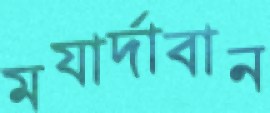
মযার্দাবান